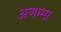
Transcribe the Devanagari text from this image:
अणम्मा